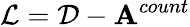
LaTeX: \mathcal{L}=\mathcal{D}-\mathbf{A}^{count}